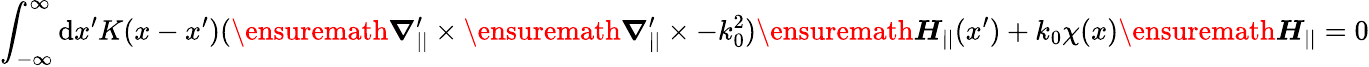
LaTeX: \int_{-\infty}^{\infty}\mathrm{d}x^{\prime}K(x-x^{\prime})(\ensuremath{\boldsymbol{\nabla}}_{||}^{\prime}\times\ensuremath{\boldsymbol{\nabla}}_{||}^{\prime}\times-k_{0}^{2})\ensuremath{\boldsymbol{H}}_{||}(x^{\prime})+k_{0}\chi(x)\ensuremath{\boldsymbol{H}}_{||}=0